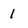
Character: 1